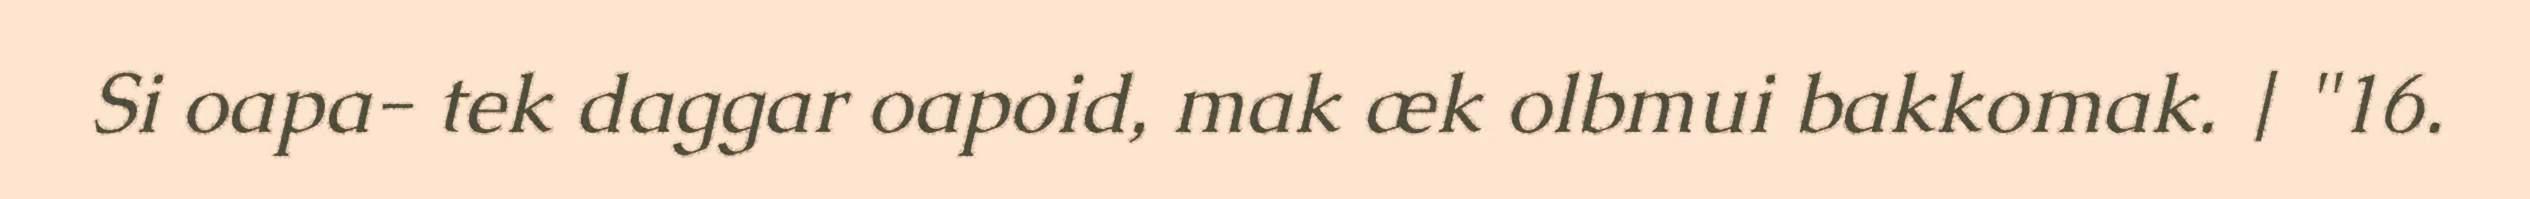
Si oapa- tek daggar oapoid, mak æk olbmui bakkomak. | "16.